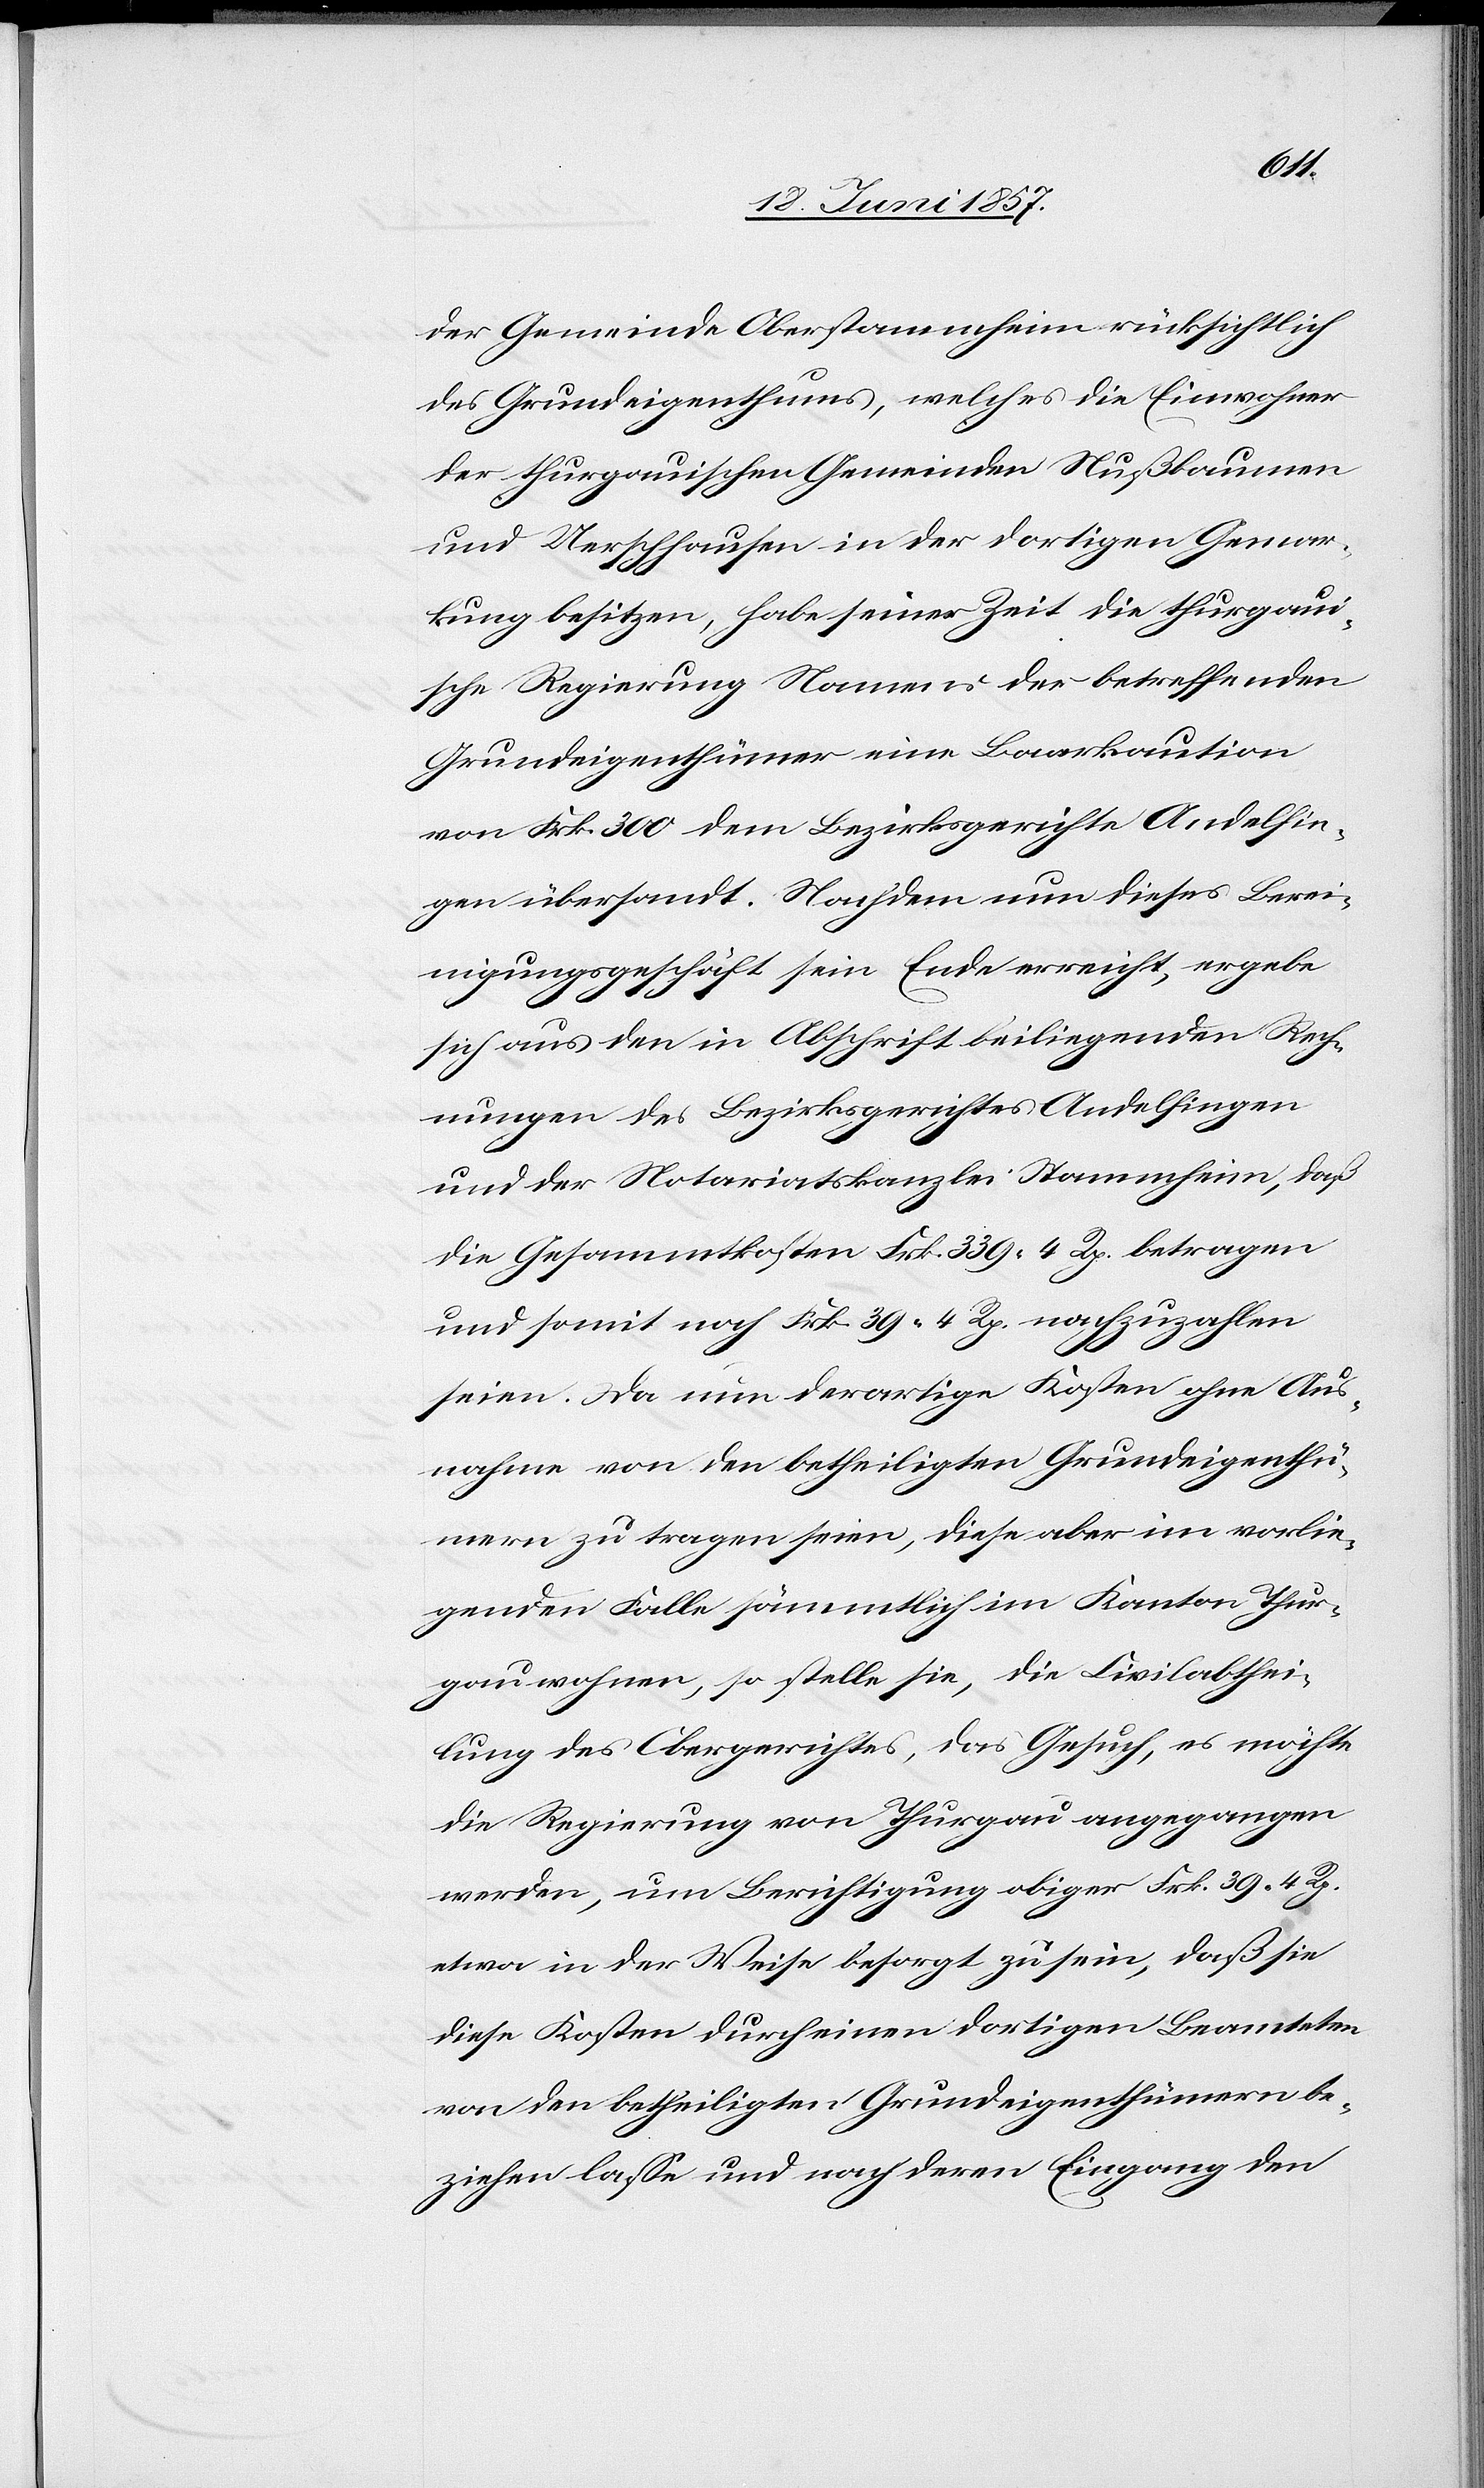
der Gemeinde Oberstammheim rücksichtlich
des Grundeigenthums, welches die Einwohner
der thurgauischen Gemeinden Nußbaumen
und Uerschhausen in der dortigen Gemar¬
kung besitzen, habe seiner Zeit die thurgaui¬
sche Regierung Namens der betreffenden
Grundeigenthümer eine Baukaution
von Frk. 300 dem Bezirksgerichte Andelfin¬
gen übersandt. Nachdem nun dieses Berei¬
nigungsgeschäft sein Ende erreicht, ergebe
sich aus den in Abschrift beiliegenden Rech¬
nungen des Bezirksgerichtes Andelfingen
und der Notariatskanzlei Stammheim, daß
die Gesammtkosten Frk. 339. 4 Rp. betragen
und somit nach Frk. 39. 4 Rp. nachzubezahlen
seien. Da nun derartige Grundeigenthü¬
mer zu tragen seien, diese aber im vorlie¬
genden Falle sämmtlich im Kanton Thur¬
gau wohnen, so stelle sie, die Civilabthei¬
lung des Obergerichtes, das Gesuch, es möchte
die Regierung von Thurgau angegangen
werden, um Berichtigung obiger Frk. 39. 4 Rp.
etwa in der Weise besorgt zu sein, daß sie
diese Kosten durch einen dortigen Beamteten
von den betheiligten Grundeigenthümern be¬
ziehen lasse und nach deren Eingang den